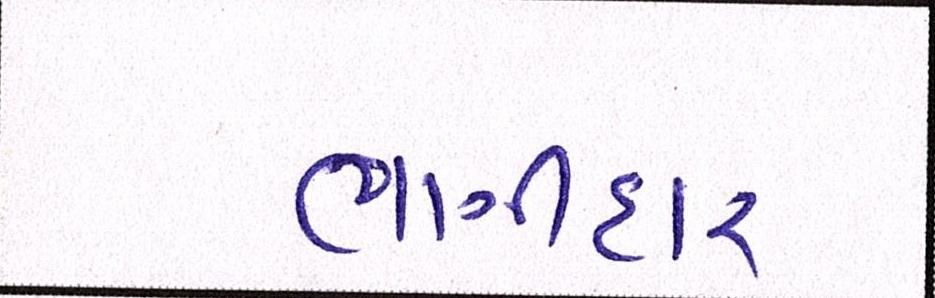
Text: ભાગીદાર